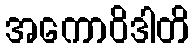
အကောဝိဒါတိ